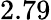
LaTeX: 2.79